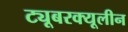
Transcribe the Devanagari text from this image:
ट्यूबरक्यूलीन